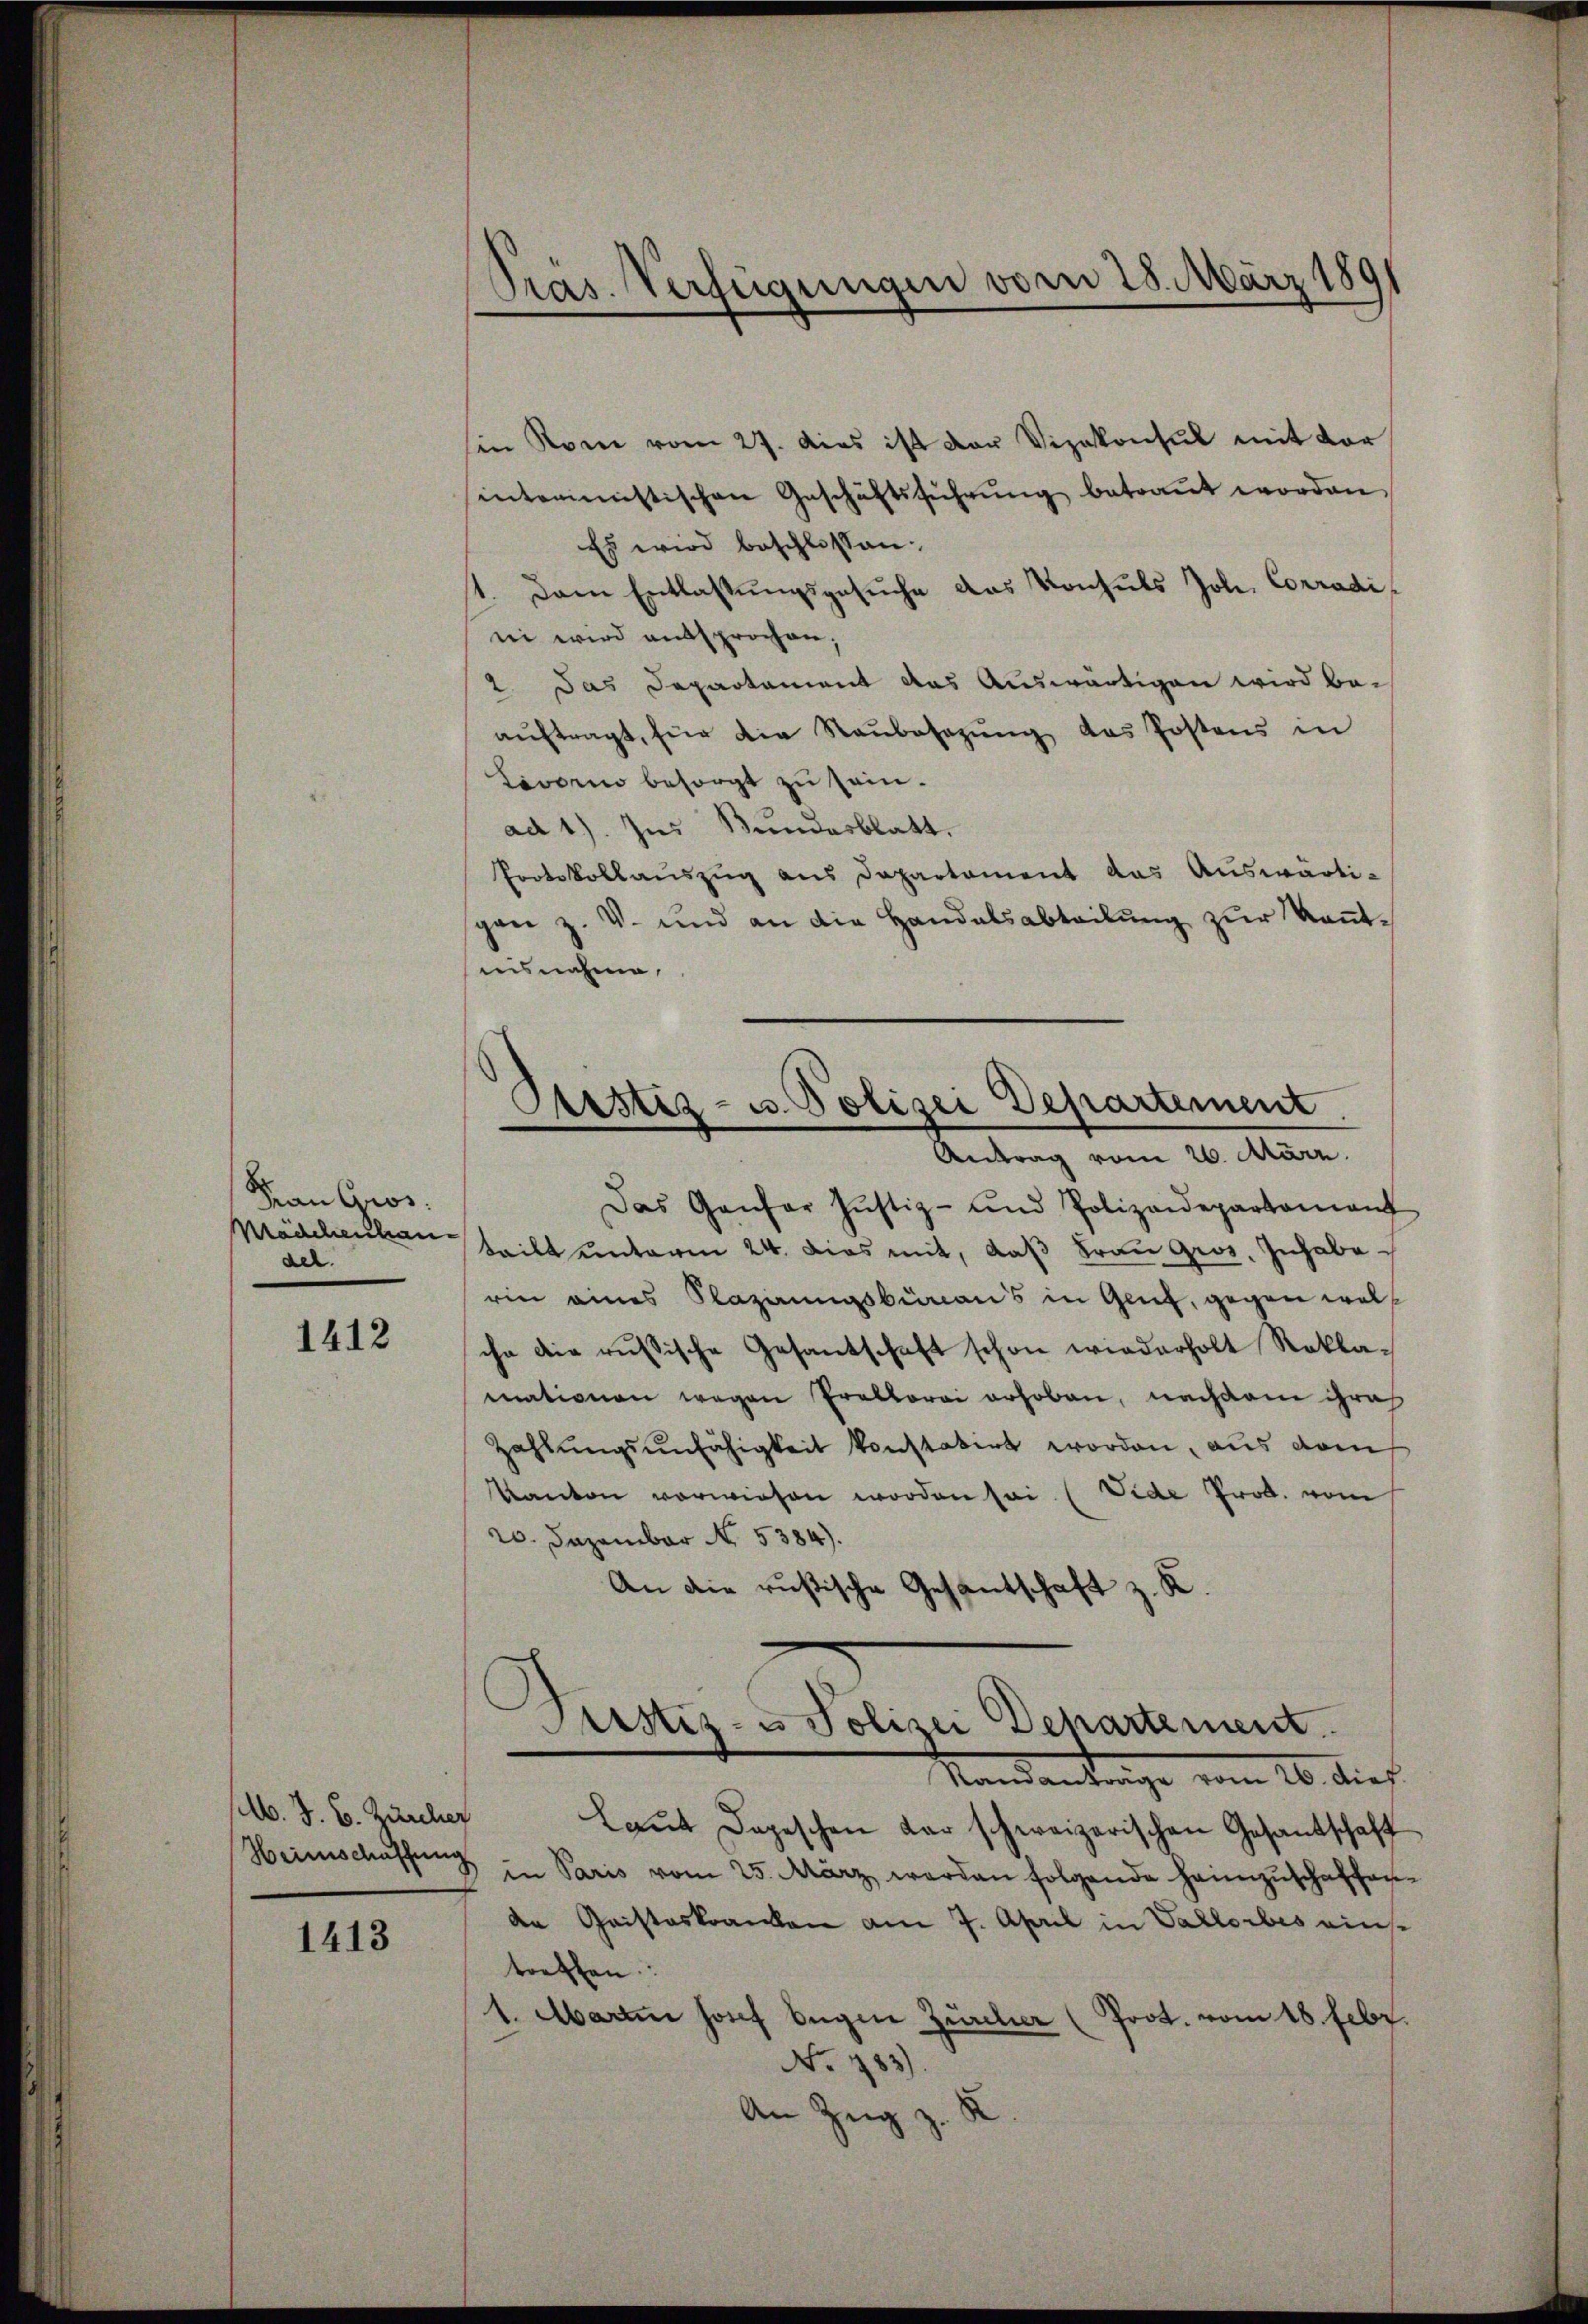
Fan Gros
Mädchenlan
del.

1412

b. J. B. Zürcher
Heinschaffung

1413

Pras. Verfügungen vom 28. März 189
)

Sistiz- u. Polizei Departement
Antrag vom 26. März.

sin Rom vom 27. dies ist der Vizekonsul mit Vor
interimistischen Geschäftsführŭng betraŭt worden.
Es wird beschlossen:
st. Dann Entlaßungsgesuche das Konsuls Joh. Corrodi
ni wird entsprochen.
2. Das Departement das Auswärtigen wird beaŭftragt, für die Raŭbesnzŭng des Postens in
Livorno besorgt zu sein.
ad 1) ins Bundesblatt.
Protokollauszug aus Departement das Auswärtigen z. V. und an die Handalsabteilŭng zŭr Keṅt-
insnahme,
Das Gantar Jŭstiz- und Polizeidepartament
tritt unterm 24. Dies mit, daß Frau gros, Inhabe
rin eines Plazirungsbüreau’s in Glief, gegen welchn die russische Gesantschaft schon wiederholt Reklamationen wegen Praktorei erhoben, nachdem ihre
Zahlungsunfähigkeit konstatirt worden, aus dem
Kanton vorwiesen worden sei. (Vide Prob. vom
20. Dezember No. 5384).
An die rusische Gesantschaft z. K.
Justiz- u Polizei Departement.
Standantrage vom 26. dies
Laut Depeschen der schweizerischen Gesantschaft
in Paris vom 25. März werden folgende heimzuschaffen.
de Cristeskranken am 7. April in Vallorbes ains
treffen:
1. Martii Josef Eugen Zürcher (Prot. vom 18. Febr.
No 983).
2
An Zug z.